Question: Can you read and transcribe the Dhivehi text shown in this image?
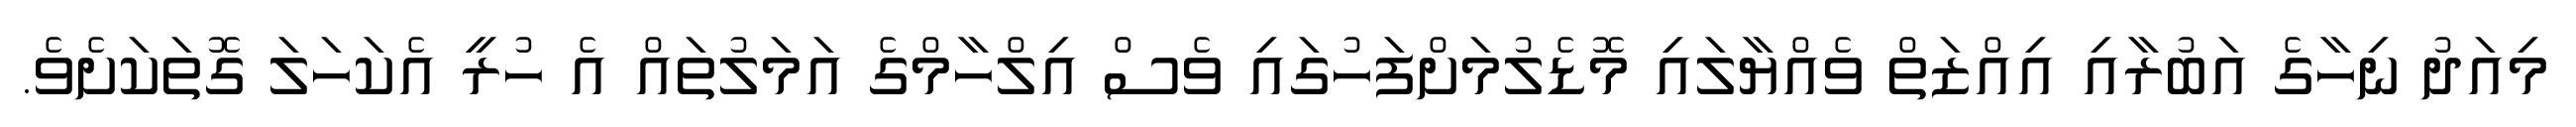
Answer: މިއަދު ނިހާގެ އަބުރާއި އިއްޒަތް ވެއްޔާލައި މޮޑެލުމަށްފަހުގައި ވެސް އިލްހާމްގެ އަމަލުތައް އެ ހުރީ އެކަހަލަ ގޮތަކަށެވެ.